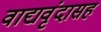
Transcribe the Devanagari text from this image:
वाद्यवृंदासह